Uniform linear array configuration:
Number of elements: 4
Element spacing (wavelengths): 0.75
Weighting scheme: blackman
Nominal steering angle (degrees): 60
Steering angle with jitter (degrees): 60.976
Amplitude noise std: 0.05
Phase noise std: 0.05

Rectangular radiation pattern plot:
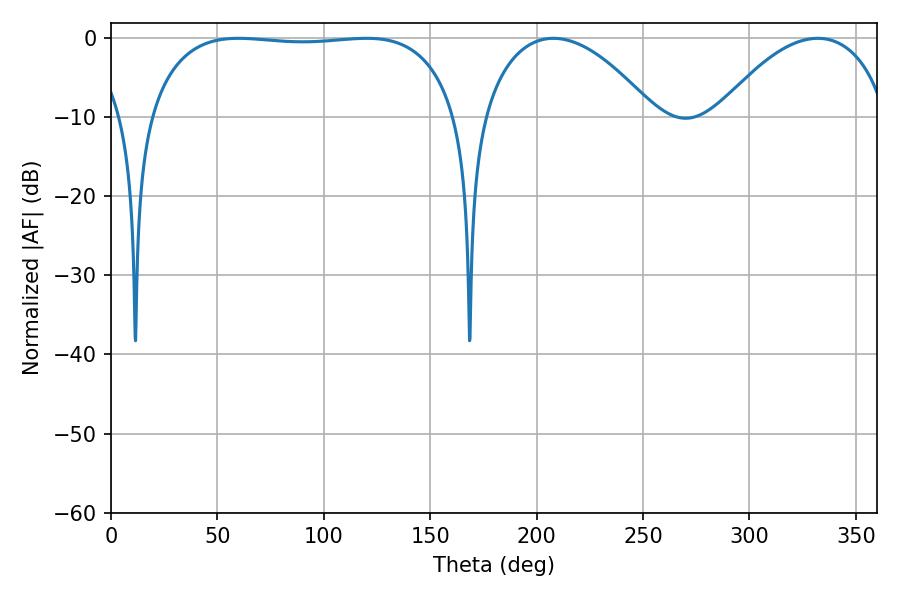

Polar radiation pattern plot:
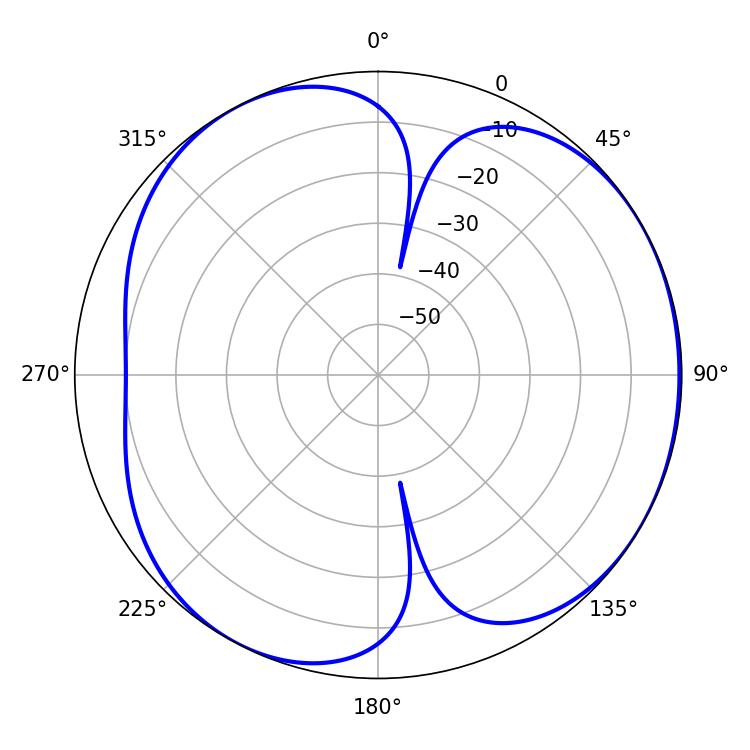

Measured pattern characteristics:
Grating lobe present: TRUE
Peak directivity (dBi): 4.482
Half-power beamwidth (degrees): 45.36
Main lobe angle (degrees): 207.9